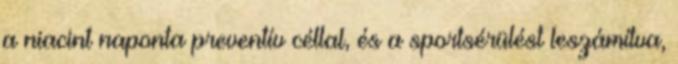
a niacint naponta preventív céllal, és a sportsérülést leszámítva,